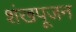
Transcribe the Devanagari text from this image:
शंखपूजन